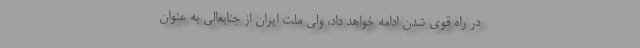
در راه قوی شدن ادامه خواهد داد، ولی ملت ایران از جنابعالی به عنوان